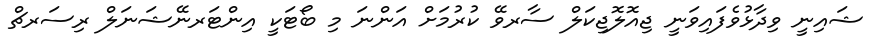
ޝައިނީ ވިދާޅުވެފައިވަނީ ޖިއޮލޮޖިކަލް ސާރވޭ ކުރުމަށް އަންނަ މި ބޯޓަކީ އިންޓަރނޭޝަނަލް ރިސަރޗް